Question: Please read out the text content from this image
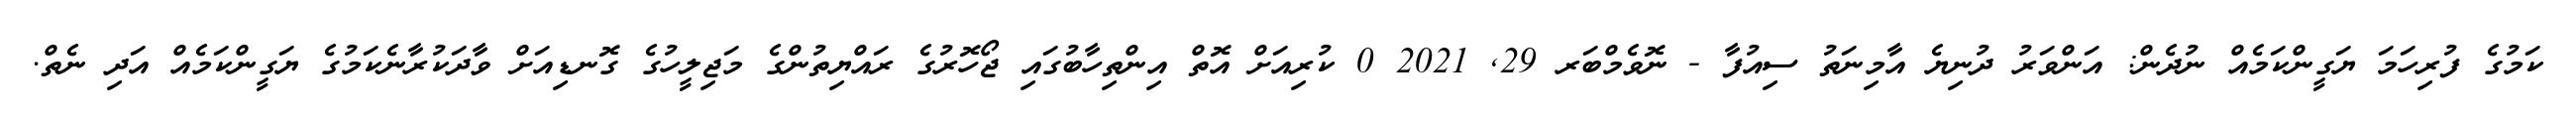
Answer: ކަމުގެ ފުރިހަމަ ޔަގީންކަމެއް ނުދެން: އަންވަރު ދުނިޔެ އާމިނަތު ސިއުފާ - ނޮވެމްބަރ 29, 2021 0 ކުރިއަށް އޮތް އިންތިހާބުގައި ޖޯހޮރުގެ ރައްޔިތުންގެ މަޖިލީހުގެ ގޮނޑިއަށް ވާދަކުރާނެކަމުގެ ޔަގީންކަމެއް އަދި ނެތް.